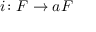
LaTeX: i \colon F \to a F